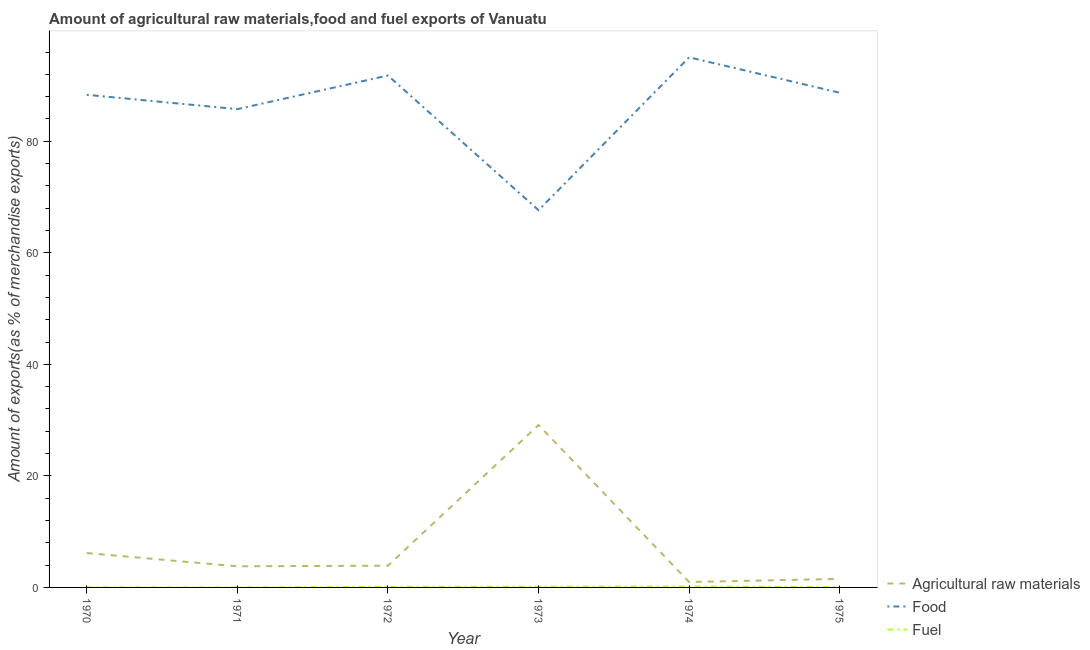
| Year | Agricultural raw materials | Food | Fuel |
 | --- | --- | --- | --- |
 | 1970 | 6.16 | 88.3 | 0.0196 |
 | 1971 | 3.79 | 85.8 | 0.00186 |
 | 1972 | 3.9 | 91.8 | 0.115 |
 | 1973 | 29.1 | 67.6 | 0.136 |
 | 1974 | 0.97 | 95.1 | 0.168 |
 | 1975 | 1.53 | 88.7 | 0.0688 |